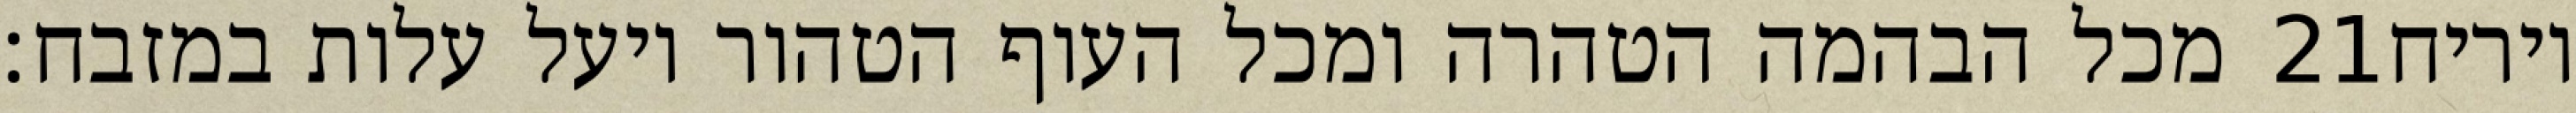
מכל הבהמה הטהרה ומכל העוף הטהור ויעל עלות במזבח׃ ‎21‏ ויריח